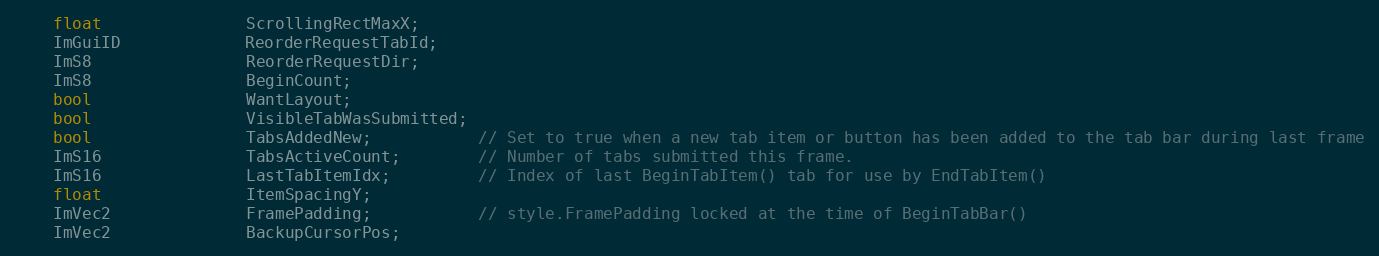
Language: C
    float               ScrollingRectMaxX;
    ImGuiID             ReorderRequestTabId;
    ImS8                ReorderRequestDir;
    ImS8                BeginCount;
    bool                WantLayout;
    bool                VisibleTabWasSubmitted;
    bool                TabsAddedNew;           // Set to true when a new tab item or button has been added to the tab bar during last frame
    ImS16               TabsActiveCount;        // Number of tabs submitted this frame.
    ImS16               LastTabItemIdx;         // Index of last BeginTabItem() tab for use by EndTabItem()
    float               ItemSpacingY;
    ImVec2              FramePadding;           // style.FramePadding locked at the time of BeginTabBar()
    ImVec2              BackupCursorPos;